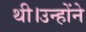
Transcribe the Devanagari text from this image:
थी।उन्होंने